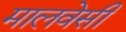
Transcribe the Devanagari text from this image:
मालवेसी